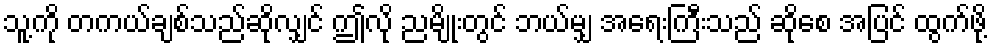
သူ့ကို တကယ်ချစ်သည်ဆိုလျှင် ဤလို ညမျိုးတွင် ဘယ်မျှ အရေးကြီးသည် ဆိုစေ အပြင် ထွက်ဖို့